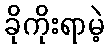
ခိုကိုးရာမဲ့